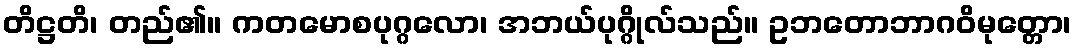
တိဋ္ဌတိ၊ တည်၏။ ကတမောစပုဂ္ဂလော၊ အဘယ်ပုဂ္ဂိုလ်သည်။ ဥဘတောဘာဂဝိမုတ္တော၊